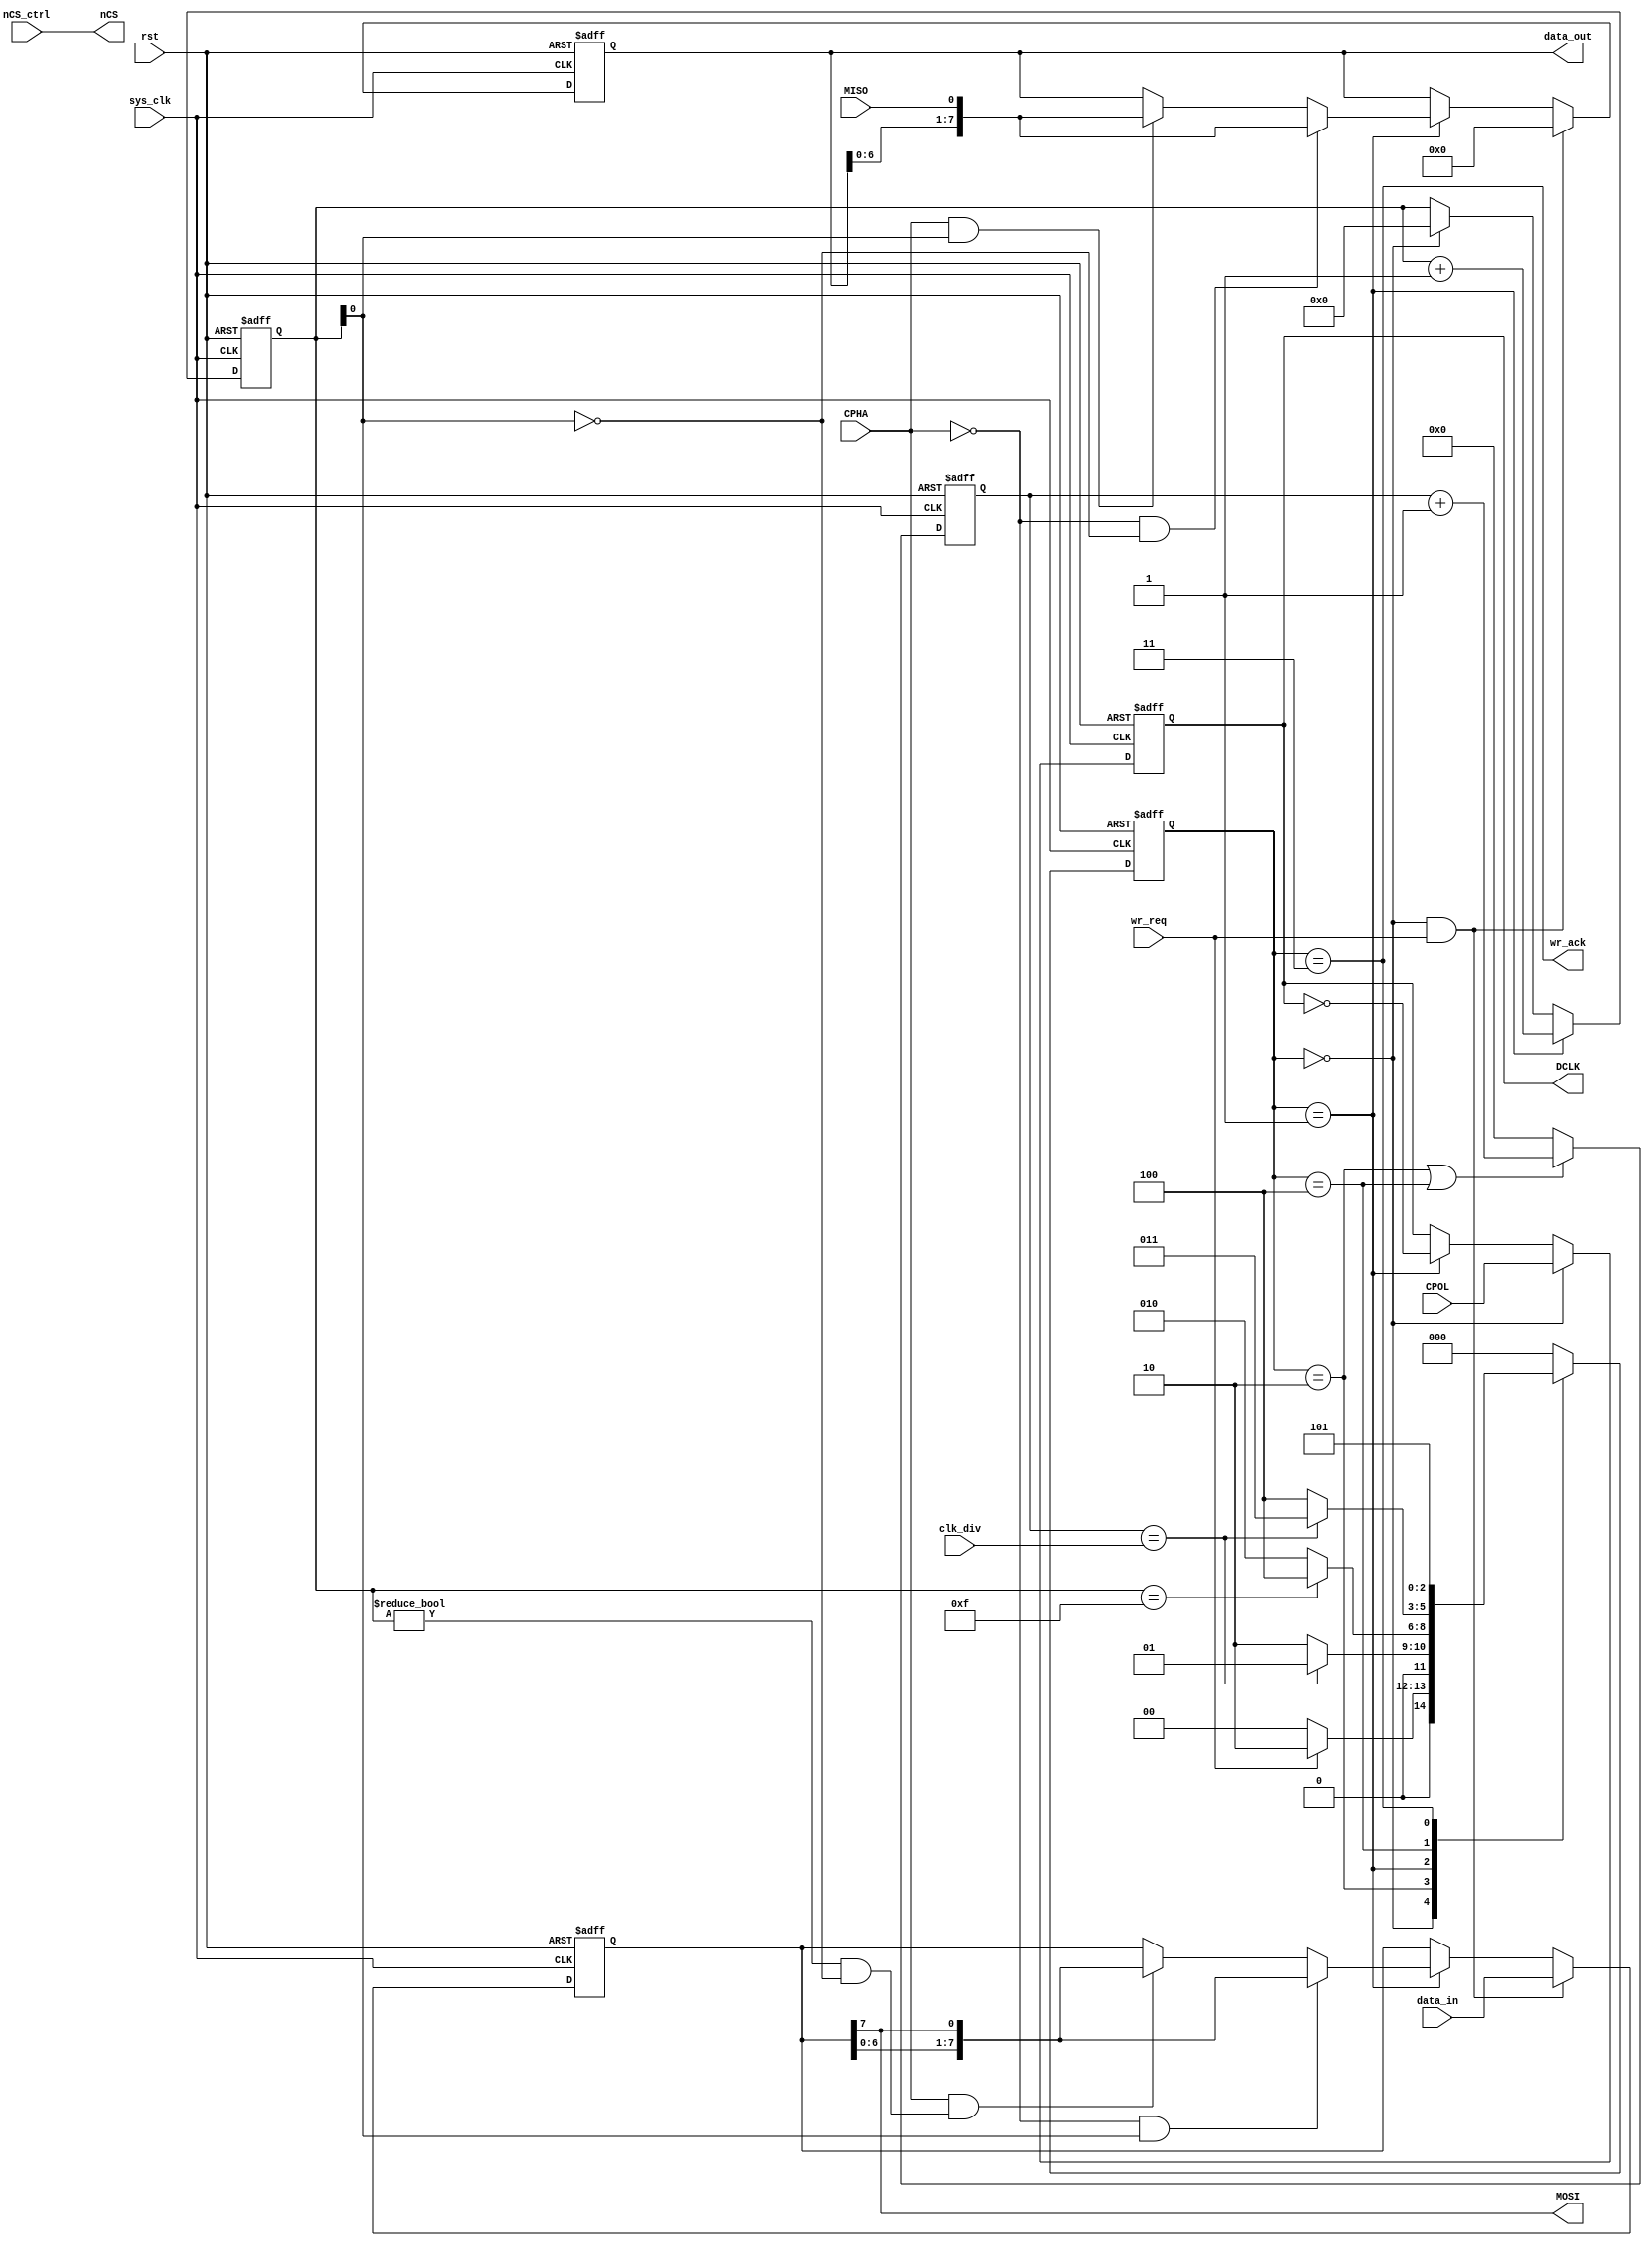
//master1spi18
module spi_master
(
	input       sys_clk,	
	input       rst,
	output      nCS,
	output      DCLK,
	output      MOSI,
	input       MISO,
	input       CPOL,
	input       CPHA,
	input       nCS_ctrl,
	input[15:0] clk_div,
	input       wr_req,
	output      wr_ack,
	input[7:0]  data_in,//data_inspi_flashcmdsend_data
	output[7:0] data_out//data_outspi_flash
);
localparam IDLE            = 0;
localparam DCLK_EDGE       = 1;
localparam DCLK_IDLE       = 2;
localparam ACK             = 3;
localparam LAST_HALF_CYCLE = 4;
localparam ACK_WAIT        = 5;

reg        DCLK_reg;
reg[7:0]   MOSI_shift;
reg[7:0]   MISO_shift;
reg[2:0]   state;
reg[2:0]   next_state;
reg[15:0]  clk_cnt;
reg[4:0]   clk_edge_cnt;

assign MOSI = MOSI_shift[7];//MOSIspiMOSI_shift[7]
assign DCLK = DCLK_reg;//spi
assign data_out = MISO_shift;//MISOspidata_outspi_flash
assign wr_ack = (state == ACK);//ACK1
assign nCS = nCS_ctrl;//

always @(posedge sys_clk or posedge rst)
begin
	//
	if(rst)
		state <= IDLE;
	//
	else
		state <= next_state;
end

always @(*)
begin
	case(state)
		//
		IDLE:
			//spi_flash_cmdDCLK_IDLE
			if(wr_req == 1'b1)
				next_state <= DCLK_IDLE;
			else
				next_state <= IDLE;

//8SPI

		//DCLK
		DCLK_IDLE:
			//half a SPI clock cycle produces a clock edge
			if(clk_cnt == clk_div)
				next_state <= DCLK_EDGE;
			else
				next_state <= DCLK_IDLE;
		//DCLK
		DCLK_EDGE:
			//16SPILAST_HALF_CYCLE16
			if(clk_edge_cnt == 5'd15)
				next_state <= LAST_HALF_CYCLE;
			//16SPIsys_clkDCLK_IDLE
			else
				next_state <= DCLK_IDLE;
				
//16SPI8SPI

		//
		LAST_HALF_CYCLE:
			//
			if(clk_cnt == clk_div)
				next_state <= ACK;
			else
				next_state <= LAST_HALF_CYCLE; 
		// send one byte complete		
		ACK:
			next_state <= ACK_WAIT;
		// wait for one clock cycle, to ensure that the cancel request signal
		ACK_WAIT:
			next_state <= IDLE;
		default:
			next_state <= IDLE;
	endcase
end
//SPIDCLK_EDGESPI
always @(posedge sys_clk or posedge rst)
begin
	//
	if(rst)
		DCLK_reg <= 1'b0;
	//SPISPICPOLtop.vCPOL(1'b1)
	else if(state == IDLE)
		DCLK_reg <= CPOL;
	//DCLK_EDGEsys_clkSPI
	//clk_div=02sys_clk1DCLK_EDGESPI12sys_clkclk_div=0SPIsys_clk
	else if(state == DCLK_EDGE)
		DCLK_reg <= ~DCLK_reg;
end
//SPI
always @(posedge sys_clk or posedge rst)
begin
	if(rst)
		clk_cnt <= 16'd0;
	//DCLK_IDLELAST_HALF_CYCLE
	else if(state == DCLK_IDLE || state == LAST_HALF_CYCLE) 
		clk_cnt <= clk_cnt + 16'd1;
	else
		clk_cnt <= 16'd0;
end
//SPI
always @(posedge sys_clk or posedge rst)
begin
	if(rst)
		clk_edge_cnt <= 5'd0;
	//DCLK_EDGEsys_clk1DCLK_EDGE16sys_clk
	else if(state == DCLK_EDGE)
		clk_edge_cnt <= clk_edge_cnt + 5'd1;
	//IDLE
	else if(state == IDLE)
		clk_edge_cnt <= 5'd0;
end
/////spi_flash/////

//spi_flashMOSI
always @(posedge sys_clk or posedge rst)
begin
	if(rst)
		MOSI_shift <= 8'd0;
	//data_inMOSI_shiftspi_flash
	else if(state == IDLE && wr_req)
		MOSI_shift <= data_in;
	//DCLK_EDGESPI
	else if(state == DCLK_EDGE)
		begin
			if(CPHA == 1'b0 && clk_edge_cnt[0] == 1'b1)
				MOSI_shift <= {MOSI_shift[6:0],MOSI_shift[7]};
			//topCPHA=1
			//SPI0clk_edge_cnt != 5'd00clk_edge_cnt[0] == 1'b0MOSIMOSI = MOSI_shift[7]SPI
			//SPI0clk_edge_cnt[0] == 1'b0CPHA=1
			else if(CPHA == 1'b1 && (clk_edge_cnt != 5'd0 && clk_edge_cnt[0] == 1'b0))
				MOSI_shift <= {MOSI_shift[6:0],MOSI_shift[7]};
		end
end
//spi_flashMISO
always @(posedge sys_clk or posedge rst)
begin
	//MISO_shift
	if(rst)
		MISO_shift <= 8'd0;
	//MISO_shift
	else if(state == IDLE && wr_req)
		MISO_shift <= 8'h00;
	//DCLK_EDGE
	else if(state == DCLK_EDGE)
		begin
			if(CPHA == 1'b0 && clk_edge_cnt[0] == 1'b0)
				MISO_shift <= {MISO_shift[6:0],MISO};
			//topCPHA=1
			//SPI1clk_edge_cnt[0] == 1'b1MOSIMISOMISO_shift
			//SPI1clk_edge_cnt[0] == 1'b1CPHA=1
			else if(CPHA == 1'b1 && (clk_edge_cnt[0] == 1'b1))
				MISO_shift <= {MISO_shift[6:0],MISO};
		end
end
endmodule